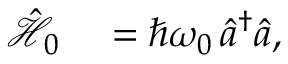
\begin{array} { r l } { \hat { \mathcal { H } } _ { 0 } } & { { } = \hbar \omega _ { 0 } \, \hat { a } ^ { \dagger } \hat { a } , } \end{array}